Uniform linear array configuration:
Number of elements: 32
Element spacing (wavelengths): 0.25
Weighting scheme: blackman
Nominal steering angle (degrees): -60
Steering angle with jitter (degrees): -59.439
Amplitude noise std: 0.05
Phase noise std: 0.05

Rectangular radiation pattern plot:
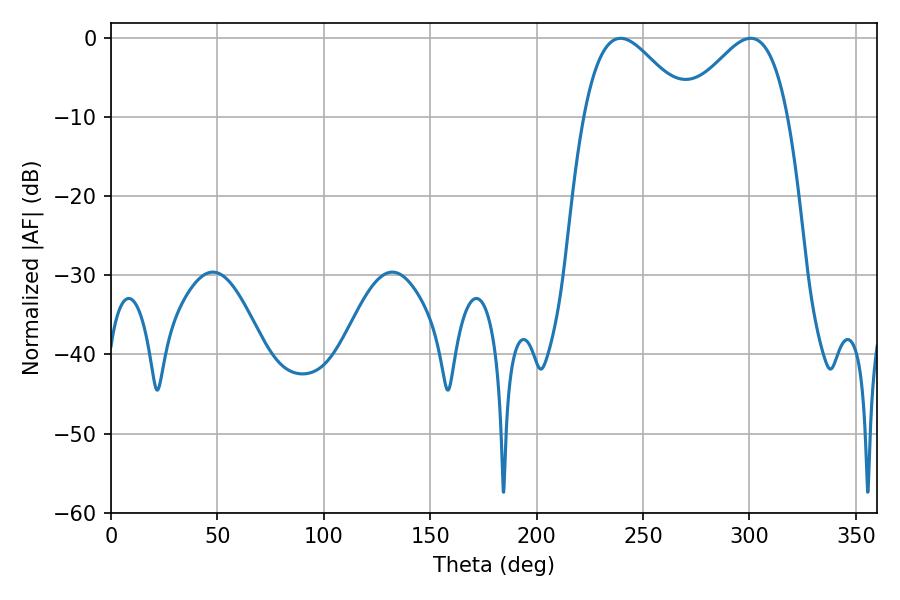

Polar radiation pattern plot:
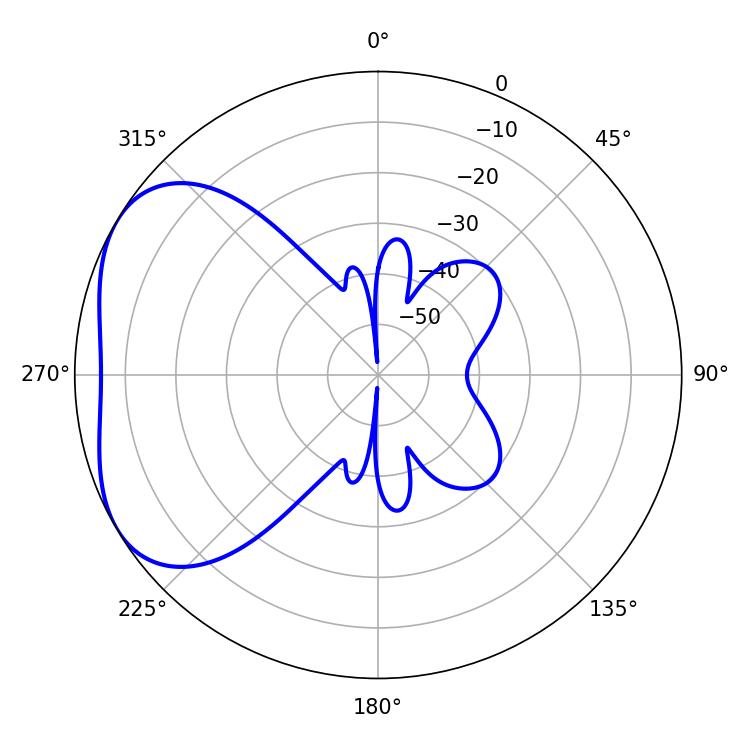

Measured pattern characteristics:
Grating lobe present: FALSE
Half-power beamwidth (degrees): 26.1
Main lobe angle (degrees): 239.4